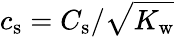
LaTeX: {c_{\mathrm{s}}=C_{\mathrm{s}}/\sqrt{K_{\mathrm{w}}}}